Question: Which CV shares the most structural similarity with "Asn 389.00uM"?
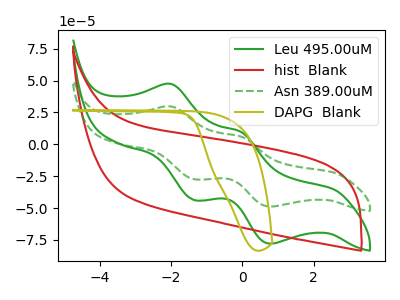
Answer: <think>The green curve "Leu 495.00uM" has anodic peaks at (-2.00V, 47.25uA) (-0.05V, 9.70uA) and cathodic peaks at (-1.35V, -43.65uA) (0.80V, -77.90uA). The red curve "hist  Blank" has no peaks. The green dashed curve "Asn 389.00uM" has anodic peaks at (-2.00V, 29.65uA) (-0.05V, 6.10uA) and cathodic peaks at (-1.35V, -27.40uA) (0.80V, -48.85uA). The olive curve "DAPG  Blank" has no peaks.
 "Leu 495.00uM" and "hist  Blank" have a different number of peaks. All the peaks in "Leu 495.00uM" have a peak in "Asn 389.00uM" at the same potential. Every peak in "Leu 495.00uM" is higher than every peak in "Asn 389.00uM". "Leu 495.00uM" and "DAPG  Blank" have a different number of peaks. "hist  Blank" and "Asn 389.00uM" have a different number of peaks. Neither "hist  Blank" or "DAPG  Blank" have any peaks. "Asn 389.00uM" and "DAPG  Blank" have a different number of peaks.</think>
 <answer>The CV with the most similar shape to "Leu 495.00uM" is "Asn 389.00uM".</answer>
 <eval>"Asn 389.00uM"</eval>